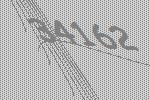
34162